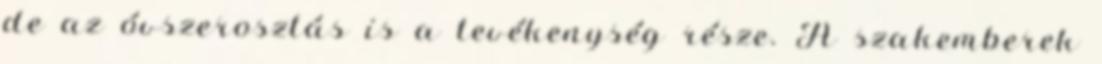
de az óvszerosztás is a tevékenység része. A szakemberek